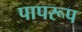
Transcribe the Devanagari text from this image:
पापरूप